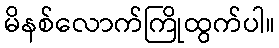
မိနစ်လောက်ကြိုထွက်ပါ။